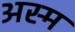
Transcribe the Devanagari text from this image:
अस्म